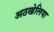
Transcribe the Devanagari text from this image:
अठखेलिया